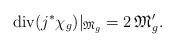
LaTeX: \begin{align*}{\rm div}(j^{*}\chi_{g})|_{{\frak M}_{g}}=2\,{\frak M}'_{g}.\end{align*}